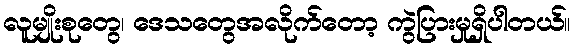
လူမျိုးစုတွေ၊ ဒေသတွေအလိုက်တော့ ကွဲပြားမှုရှိပါတယ်။